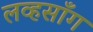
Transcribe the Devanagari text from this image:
लव्हसाँग